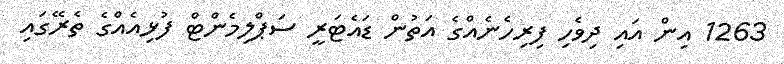
1263 އިން އައި ދިވެހި ފިރިހެނެއްގެ އަތުން ޑައެޓަރީ ސަޕްލިމެންޓް ފުޅިއެއްގެ ތެރޭގައި